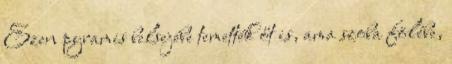
Ezen pyramis belsejébe temették őt is, ama szoba fölébe,